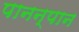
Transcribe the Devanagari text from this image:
पानन्‌पान